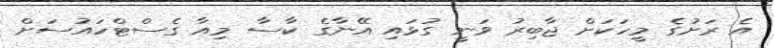
އެ ރަށުގެ މީހަކަށް ޖާބިރު ވަނީ ގުޅައި އޭނާގެ ކާސާ މިއާ ގެސްޓްހައުސަށް